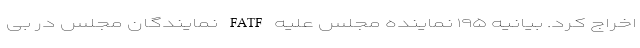
اخراج کرد. بیانیه ۱۹۵ نماینده مجلس علیه FATF نمایندگان مجلس در بی